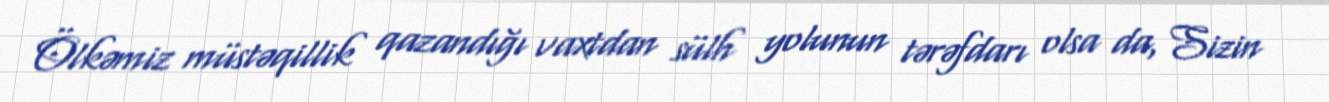
Ölkəmiz müstəqillik qazandığı vaxtdan sülh yolunun tərəfdarı olsa da, Sizin